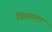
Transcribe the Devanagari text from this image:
बिळाला